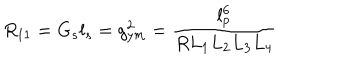
LaTeX: R _ { 1 1 } = G _ { s } l _ { s } = g _ { y m } ^ { 2 } = \frac { l _ { p } ^ { 6 } } { R L _ { 1 } L _ { 2 } L _ { 3 } L _ { 4 } }